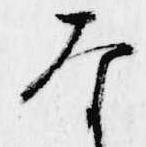
な